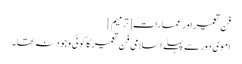
فن تعمیر اور عمارات[ترمیم]
اموی دور سے پہلے اسلامی فن تعمیر کا کوئی وجود نہ تھا۔